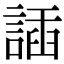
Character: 䛽